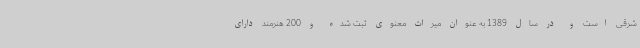
شرقی است و در سال 1389 به عنوان میراث معنوی ثبت شده و 200 هنرمند دارای